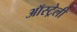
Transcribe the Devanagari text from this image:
ऑस्ट्रेली